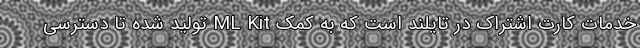
خدمات کارت اشتراک در تایلند است که به کمک ML Kit تولید شده تا دسترسی